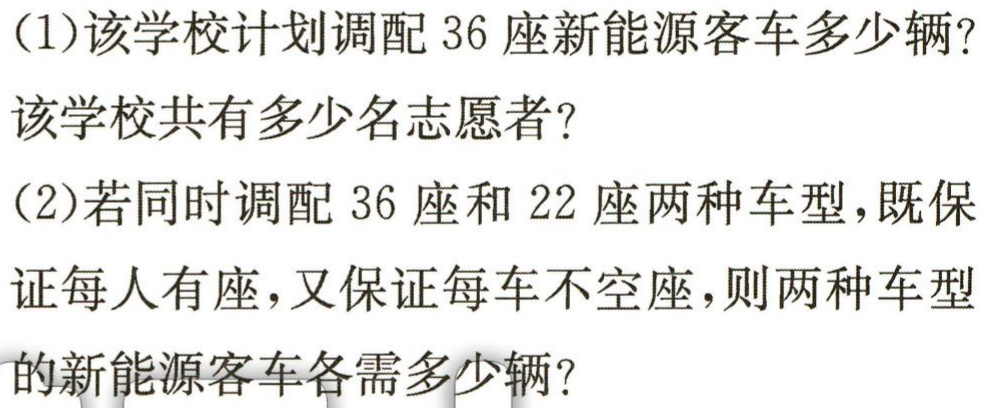
(1)该学校计划调配 36 座新能源客车多少辆?

该学校共有多少名志愿者?

(2)若同时调配 36 座和 22 座两种车型，既保

证每人有座，又保证每车不空座，则两种车型

的新能源客车各需多少辆?